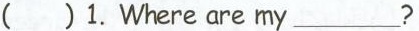
( )1. Where are my___?